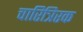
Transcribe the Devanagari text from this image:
चारित्रिरक